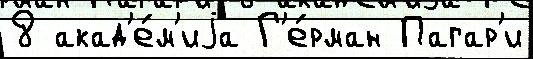
8 акад'е́м'иjа Г'е́рман Пагар'и